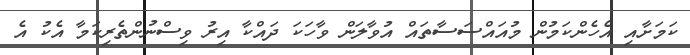
ކަމަށާއި އެހެންކަމުން މުއައްސަސާތައް އުވާލަން ވާހަކަ ދައްކާ އިރު ވިސްނުންތެރިކަމާ އެކު އެ